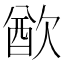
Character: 𣣫